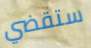
ستقضي